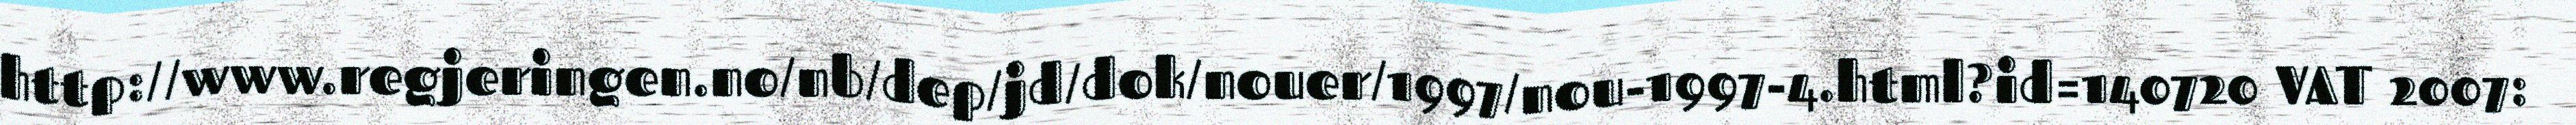
http://www.regjeringen.no/nb/dep/jd/dok/nouer/1997/nou-1997-4.html?id=140720 VAT 2007: